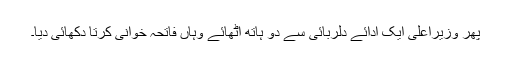
پھر وزیراعلیٰ ایک ادائے دلربائی سے دو ہاتھ اٹھائے وہاں فاتحہ خوانی کرتا دکھائی دیا۔